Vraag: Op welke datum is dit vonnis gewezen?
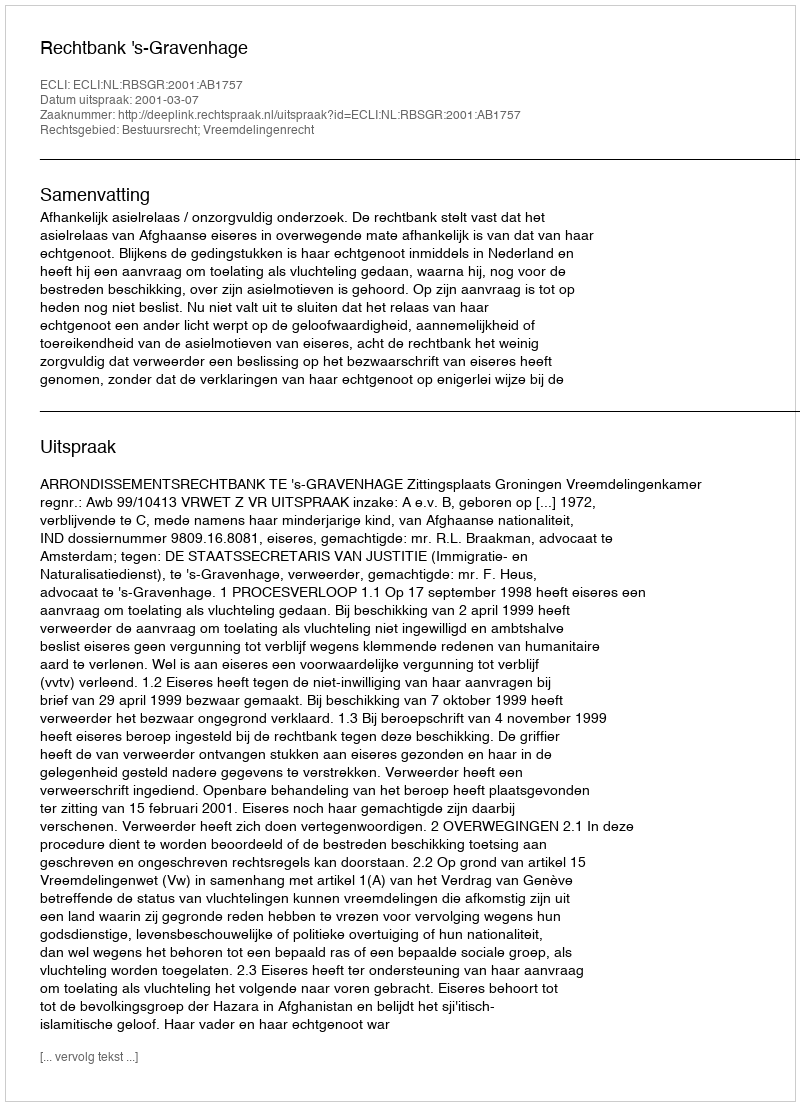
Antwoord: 2001-03-07